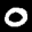
Label: 0